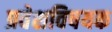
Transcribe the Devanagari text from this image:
प्रवेशविषयक